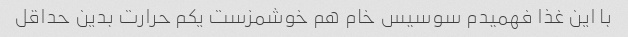
با این غذا فهمیدم سوسیس خام هم خوشمزست یکم حرارت بدین حداقل